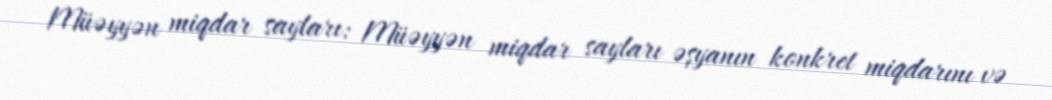
Müəyyən miqdar sayları: Müəyyən miqdar sayları əşyanın konkret miqdarını və